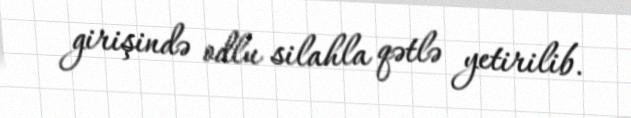
girişində odlu silahla qətlə yetirilib.